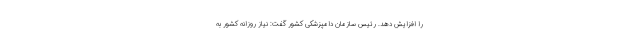
را افزایش دهد. رئیس سازمان دامپزشکی کشور گفت: نیاز روزانه کشور به